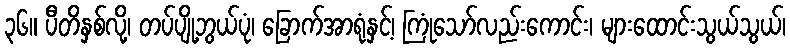
၃၆။ ပီတိနှစ်လို့၊ တပ်ပျို့ဘွယ်ပုံ၊ ခြောက်အာရုံနှင့်၊ ကြုံသော်လည်းကောင်း၊ များထောင်းသွယ်သွယ်၊